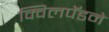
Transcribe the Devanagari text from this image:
क्विलपॅडने